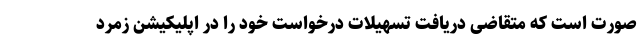
صورت است که متقاضی دریافت تسهیلات درخواست خود را در اپلیکیشن زمرد